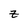
Character: z